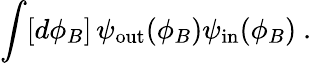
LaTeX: \int[d\phi_{B}]\, \psi_{\mathrm{out}}(\phi_{B})\psi_{\mathrm{in}}(\phi_{B})\ .